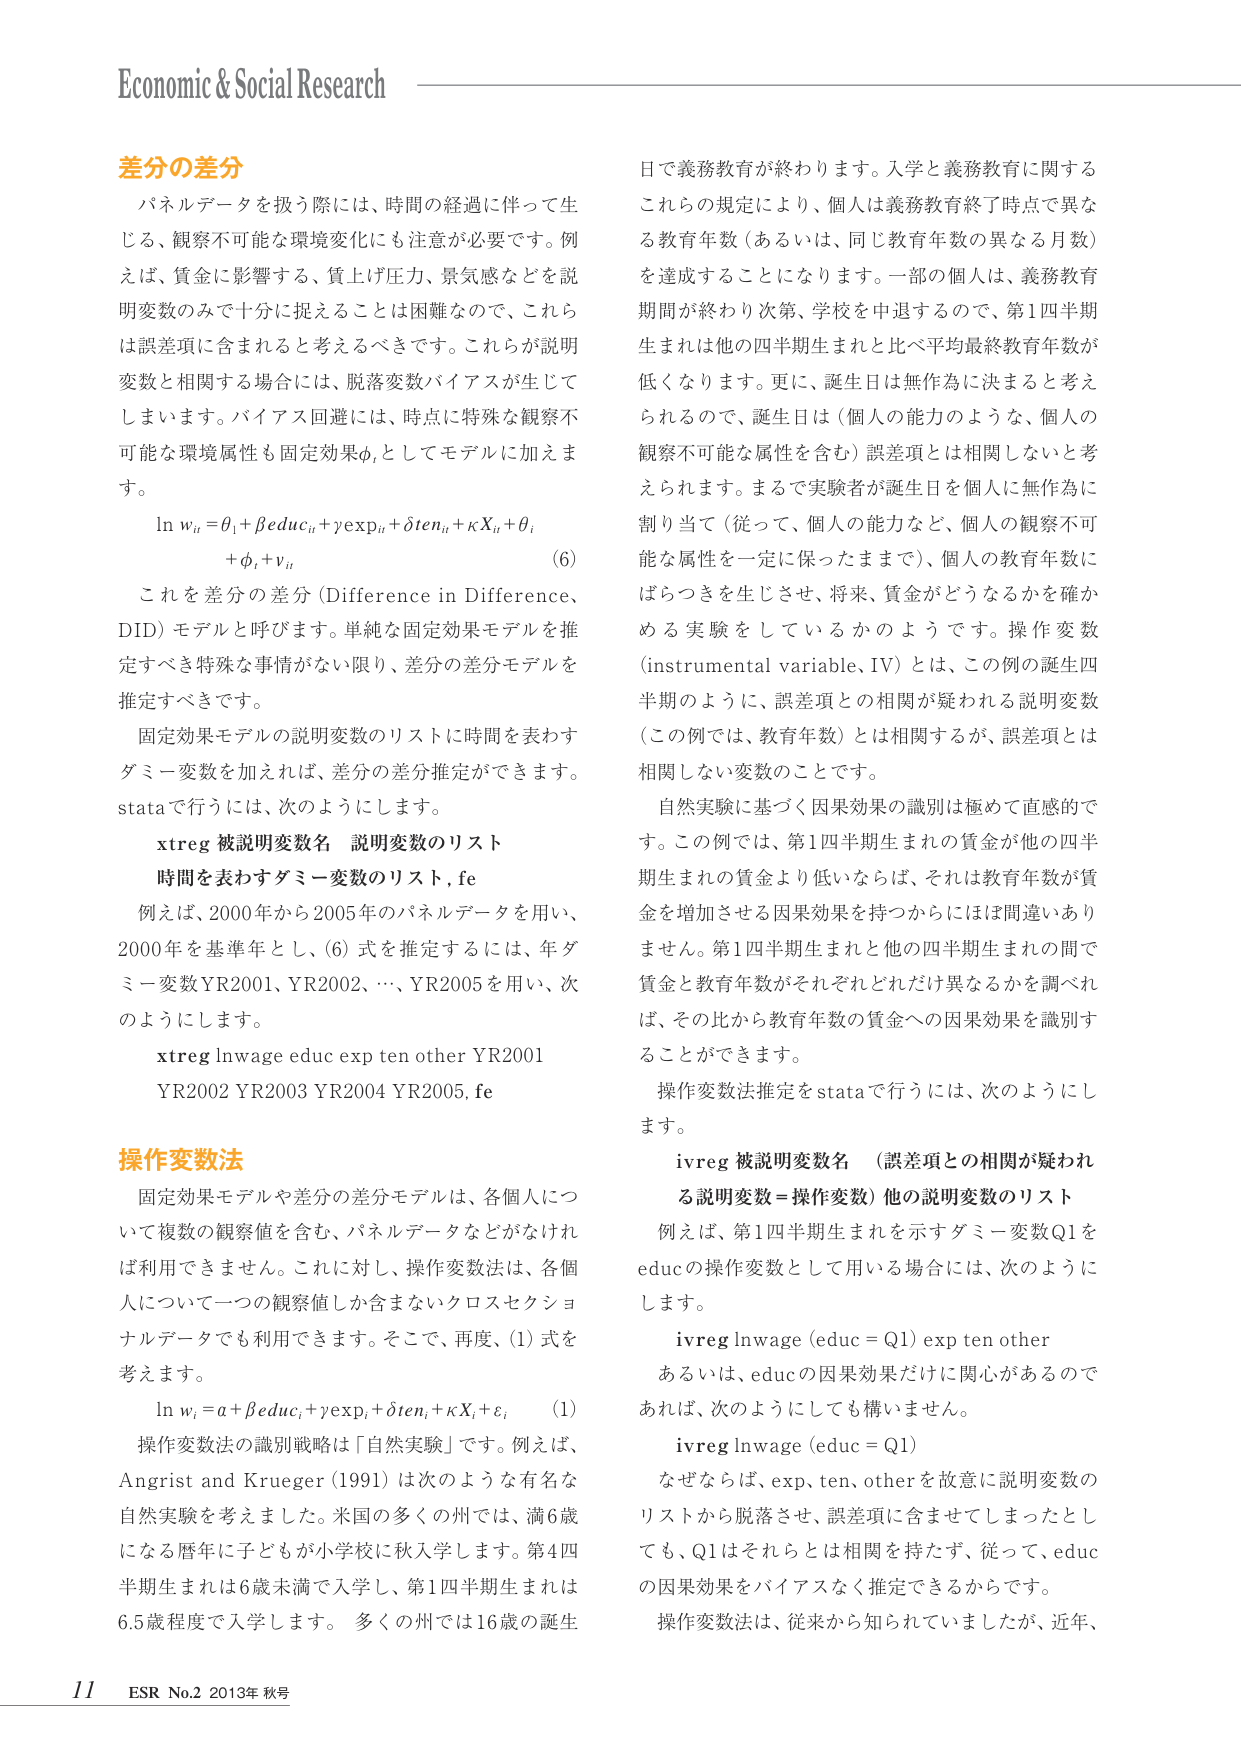
Economic & Social Research

差分の差分
パネルデータを扱う際には、時間の経過に伴って生じる、観察不可能な環境変化にも注意が必要です。例えば、賃金に影響する、質上げ圧力、景気感などを説明変数のみで十分に捉えることは困難なので、これらは誤差項に含まれると考えるべきです。これらが説明変数と相関する場合には、脱落変数バイアスが生じてしまいます。バイアス回避には、時点に特殊な観察不可能な環境属性も固定効果φiとしてモデルに加えます。
ln w_it = θ_1 + βeduc_it + γexp_it + δten_it + κX_it + θ_i
+ φ_i + v_it
(6)
これを差分の差分（Difference in Difference、DID）モデルと呼びます。単純な固定効果モデルを推定すべき特殊な事情がない限り、差分の差分モデルを推定すべきです。
固定効果モデルの説明変数のリストに時間を表わすダミー変数を加えれば、差分の差分推定ができます。stataで行うには、次のようします。
xtreg 被説明変数名 説明変数のリスト
時間を表わすダミー変数のリスト, fe
例えば、2000年から2005年のパネルデータを用い、2000年を基準年とし、(6)式を推定するには、年ダミー変数YR2001、YR2002、…、YR2005を用い、次のようします。
xtreg lnwage educ exp ten other YR2001
YR2002 YR2003 YR2004 YR2005, fe

操作変数法
固定効果モデルや差分の差分モデルは、各個人について複数の観察値を含む、パネルデータなどなければ利用できません。これに対し、操作変数法は、各個人について一つの観察値しか含まないクロスセクショナルデータでも利用できます。そこで、再度、(1)式を考えます。
ln w_i = α + βeduc_i + γexp_i + δten_i + κX_i + ε_i
(1)
操作変数法の識別戦略は「自然実験」です。例えば、Angrist and Krueger (1991) は次のような有名な自然実験を考えました。米国の多くの州では、満6歳になる暦年に子どもが小学校に秋入学します。第4四半期生まれは6歳未満で入学し、第1四半期生まれは6.5歳程度で入学します。多くの州では16歳の誕生日で義務教育が終わります。入学と義務教育に関するこれらの規定により、個人は義務教育終了時点で異なる教育年数（あるいは、同じ教育年数の異なる月数）を達成することになります。一部の個人は、義務教育期間が終わり次第、学校を中退するので、第1四半期生まれは他の四半期生まれと比べ平均最終教育年数が低くなります。更に、誕生日は無作為に決まると考えられるので、誕生日は（個人の能力のような、個人の観察不可能な属性を含む）誤差項とは相関しないと考えられます。まるで実験者が誕生日を個人に無作為に割り当て（従って、個人の能力など、個人の観察不可能な属性を一定に保ったままで）、個人の教育年数にばらつきを生じさせ、将来、賃金がどうなるかを確かめる実験をしているかのようです。操作変数（instrumental variable、IV）とは、この例の誕生四半期のように、誤差項との相関が疑われる説明変数（この例では、教育年数）とは相関するが、誤差項とは相関しない変数のことです。
自然実験に基づく因果効果の識別は極めて直感的です。この例では、第1四半期生まれの賃金が他の四半期生まれの賃金より低いならば、それは教育年数が賃金を増加させる因果効果を持つからには間違いありません。第1四半期生まれと他の四半期生まれの間で賃金と教育年数がそれぞれどれだけ異なるかを調べれば、その比から教育年数の賃金への因果効果を識別することができます。
操作変数法推定をstataで行うには、次のようします。
ivreg 被説明変数名 （誤差項との相関が疑われる説明変数＝操作変数）他の説明変数のリスト
例えば、第1四半期生まれを示すダミー変数Q1をeducの操作変数として用いる場合には、次のようします。
ivreg lnwage (educ = Q1) exp ten other
あるいは、educの因果効果だけに関心があるのであれば、次のようにしても構いません。
ivreg lnwage (educ = Q1)
なぜならば、exp、ten、otherを故意に説明変数のリストから脱落させ、誤差項に含ませてしまったとしても、Q1はそれらとは相関を持たず、従って、educの因果効果をバイアスなく推定できるからです。
操作変数法は、従来から知られていましたが、近年、

11 ESR No.2 2013年 秋号